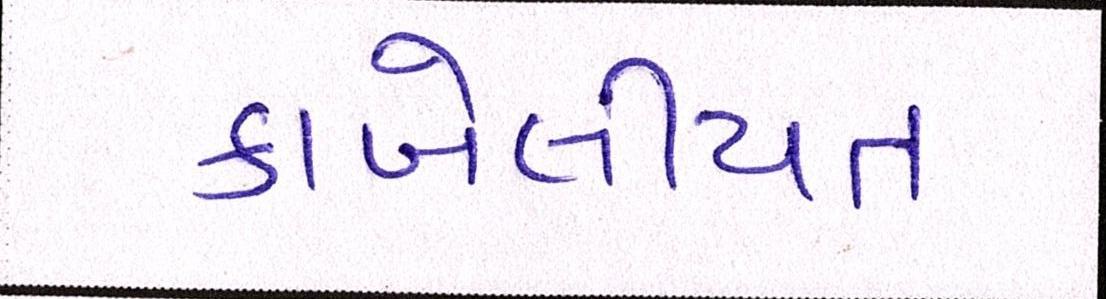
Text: કાબેલીયત